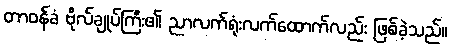
တာဝန်ခံ ဗိုလ်ချုပ်ကြီး၏ ညာလက်ရုံးလက်ထောက်လည်း ဖြစ်ခဲ့သည်။